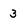
Character: 3